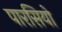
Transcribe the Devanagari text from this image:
पारसियो